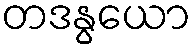
တဒနွယော